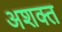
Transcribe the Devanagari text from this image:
अशक्‍त